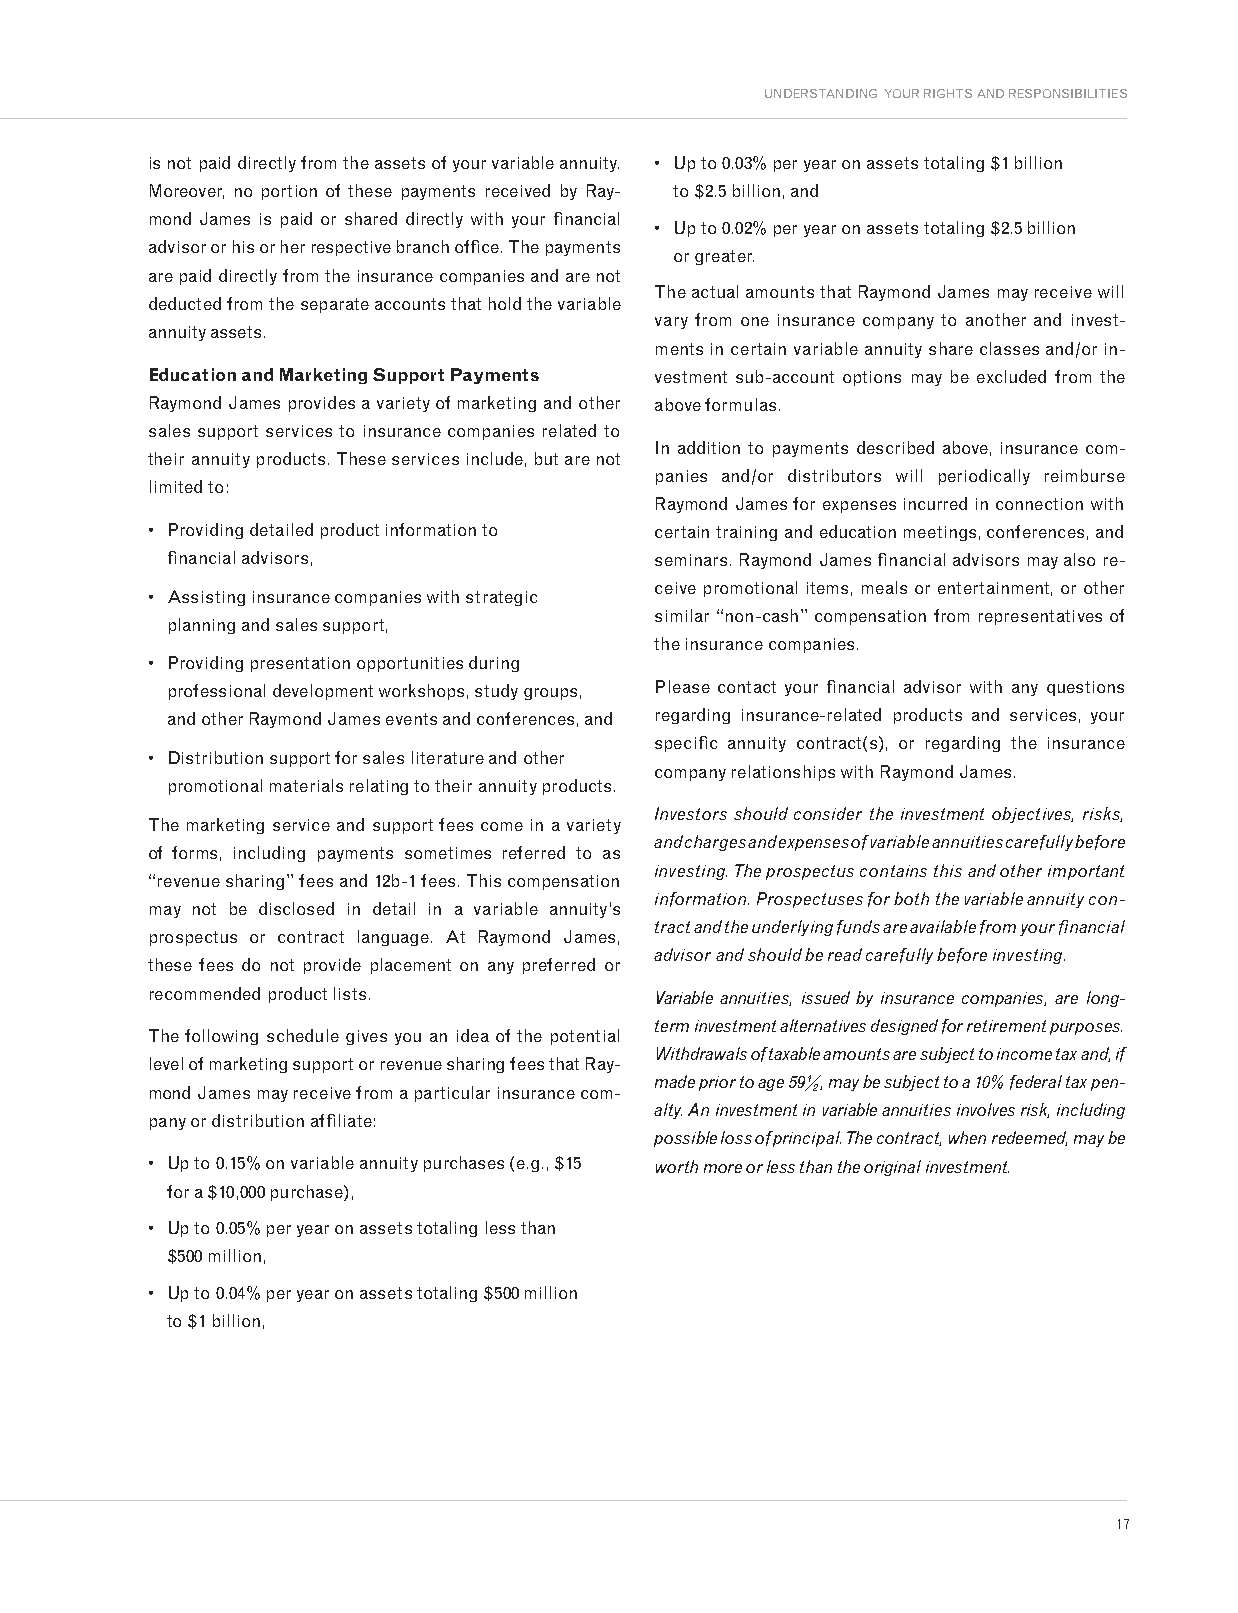
UNDERSTANDING YOUR RIGHTS AND RESPONSIBILITIES
 is not paid directly from the assets of your variable annuity. • Up to 0.03% per year on assets totaling $1 billion
 Moreover, no portion of these payments received by Ray- to $2.5 billion, and
 mond James is paid or shared directly with your financial
 • Up to 0.02% per year on assets totaling $2.5 billion
 advisor or his or her respective branch office. The payments
 or greater.
 are paid directly from the insurance companies and are not
 The actual amounts that Raymond James may receive will
 deducted from the separate accounts that hold the variable
 vary from one insurance company to another and invest-
 annuity assets.
 ments in certain variable annuity share classes and/or in-
 Education and Marketing Support Payments vestment sub-account options may be excluded from the
 Raymond James provides a variety of marketing and other above formulas.
 sales support services to insurance companies related to
 In addition to payments described above, insurance com-
 their annuity products. These services include, but are not
 panies and/or distributors will periodically reimburse
 limited to:
 Raymond James for expenses incurred in connection with
 • Providing detailed product information to certain training and education meetings, conferences, and
 financial advisors,             seminars. Raymond James financial advisors may also re-
 ceive promotional items, meals or entertainment, or other
 • Assisting insurance companies with strategic
 similar “non-cash” compensation from representatives of
 planning and sales support,
 the insurance companies.
 • Providing presentation opportunities during
 professional development workshops, study groups, Please contact your financial advisor with any questions
 and other Raymond James events and conferences, and regarding insurance-related products and services, your
 specific annuity contract(s), or regarding the insurance
 • Distribution support for sales literature and other
 company relationships with Raymond James.
 promotional materials relating to their annuity products.
 Investors should consider the investment objectives, risks,
 The marketing service and support fees come in a variety
 and charges and expenses of variable annuities carefully before
 of forms, including payments sometimes referred to as
 investing. The prospectus contains this and other important
 “revenue sharing” fees and 12b-1 fees. This compensation
 information. Prospectuses for both the variable annuity con-
 may not be disclosed in detail in a variable annuity’s
 tract and the underlying funds are available from your financial
 prospectus or contract language. At Raymond James,
 advisor and should be read carefully before investing.
 these fees do not provide placement on any preferred or
 recommended product lists.       Variable annuities, issued by insurance companies, are long-
 term investment alternatives designed for retirement purposes.
 The following schedule gives you an idea of the potential
 Withdrawals of taxable amounts are subject to income tax and, if
 level of marketing support or revenue sharing fees that Ray-
 made prior to age 59½, may be subject to a 10% federal tax pen-
 mond James may receive from a particular insurance com-
 alty. An investment in variable annuities involves risk, including
 pany or distribution affiliate:
 possible loss of principal. The contract, when redeemed, may be
 • Up to 0.15% on variable annuity purchases (e.g., $15 worth more or less than the original investment.
 for a $10,000 purchase),
 • Up to 0.05% per year on assets totaling less than
 $500 million,
 • Up to 0.04% per year on assets totaling $500 million
 to $1 billion,
 17